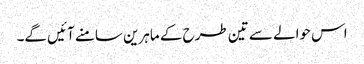
اس حوالے سے تین طرح کے ماہرین سامنے آئیں گے۔